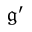
\mathfrak { g ^ { \prime } }